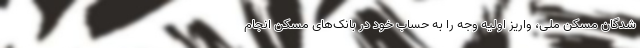
شدگان مسکن ملی، واریز اولیه وجه را به حساب خود در بانک‌های مسکن انجام